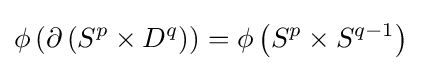
\phi \left(\partial \left(S^{p}\times D^{q}\right)\right)=\phi \left(S^{p}\times S^{q-1}\right)